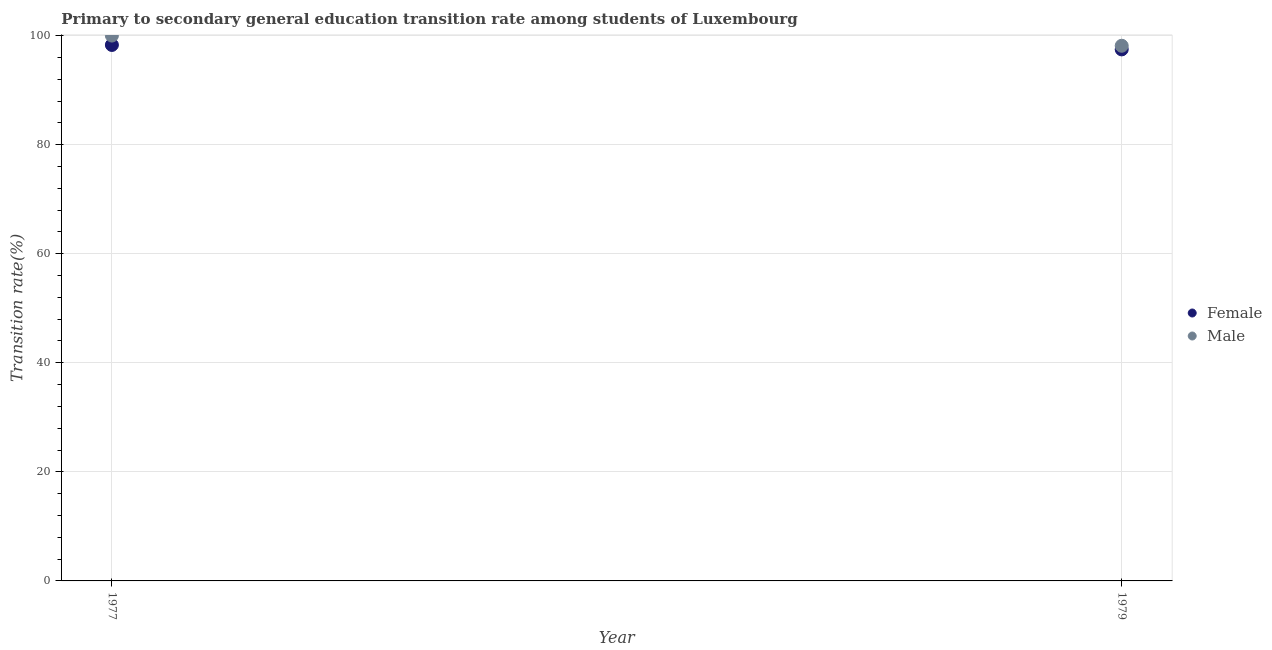
| Year | Female | Male |
 | --- | --- | --- |
 | 1977 | 98.3 | 100 |
 | 1979 | 97.5 | 98.1 |